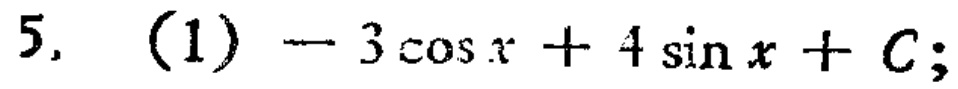
5. (1) \(-3\cos x + 4\sin x + C;\)